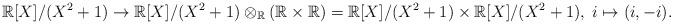
LaTeX: \begin{align*}\mathbb{R}[X]/(X^{2}+1)\to\mathbb{R}[X]/(X^{2}+1)\otimes_{\mathbb{R}}(\mathbb{R}\times\mathbb{R})=\mathbb{R}[X]/(X^{2}+1)\times\mathbb{R}[X]/(X^{2}+1),\;i\mapsto(i,-i).\end{align*}